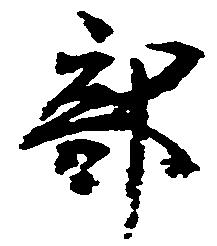
部